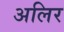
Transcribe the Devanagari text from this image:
अलिर